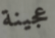
عجينة